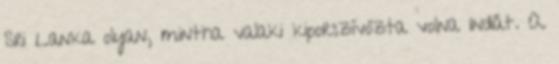
Sri Lanka olyan, mintha valaki kiporszívózta volna Indiát. A